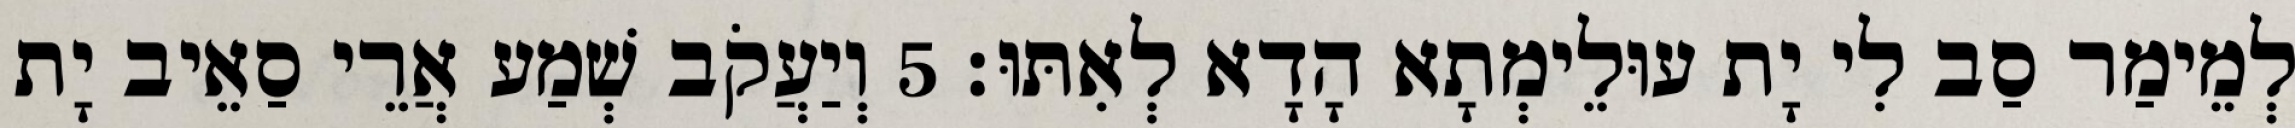
לְמֵימַר סַב לִי יָת עוּלֵימְתָא הָדָא לְאִתּוּ׃ 5 וְיַעֲקֹב שְׁמַע אֲרֵי סַאֵיב יָת